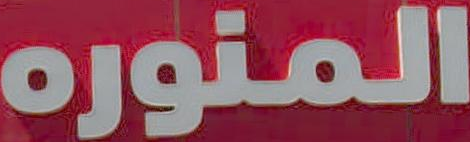
المنوره